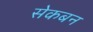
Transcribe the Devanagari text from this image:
सेकबन